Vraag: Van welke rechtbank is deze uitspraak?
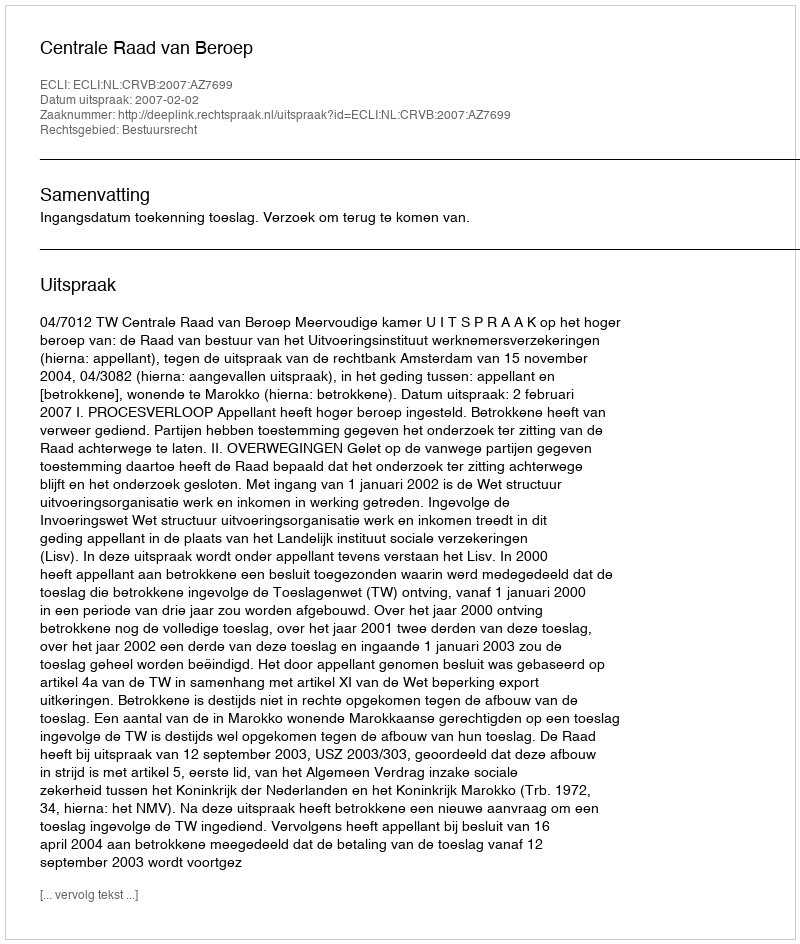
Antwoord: Centrale Raad van Beroep